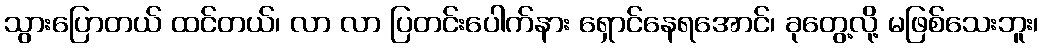
သွားပြောတယ် ထင်တယ်၊ လာ လာ ပြတင်းပေါက်နား ရှောင်နေရအောင်၊ ခုတွေ့လို့ မဖြစ်သေးဘူး၊